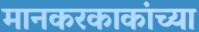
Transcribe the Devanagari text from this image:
मानकरकाकांच्या